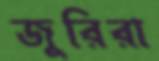
জুরিরা